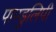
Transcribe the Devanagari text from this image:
पाण्डुलिपी